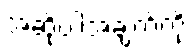
အဆိုပါအချက်ကို